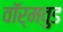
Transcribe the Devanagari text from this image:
वॉर्मवुड